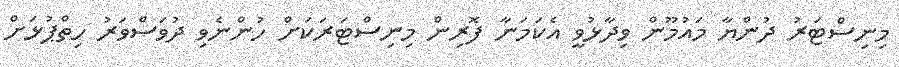
މިނިސްޓަރު ދުންޔާ މައުމޫން ވިދާޅުވީ އެކަމަނާ ފޮރިން މިނިސްޓަރަކަށް ހުންނެވި ދުވަސްވަރު ހިތްޕުޅަށް